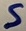
Text: S